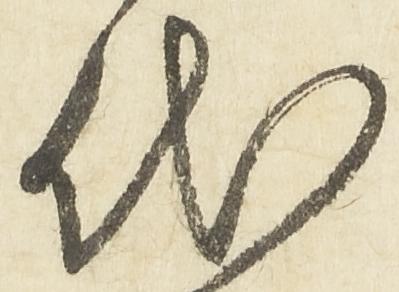
代